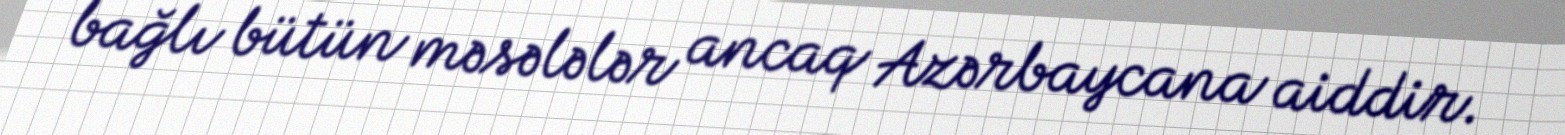
bağlı bütün məsələlər ancaq Azərbaycana aiddir.